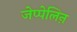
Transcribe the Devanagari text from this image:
जेप्पेलिऩ